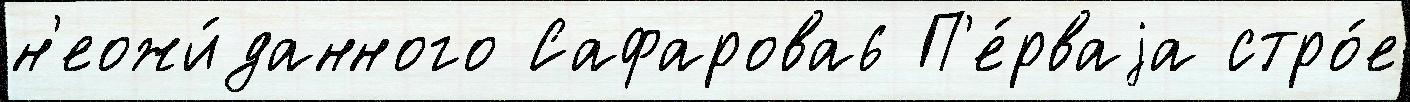
н'еожи́данного Сафарова6 П'е́рваjа стро́е